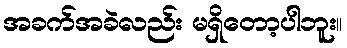
အခက်အခဲလည်း မရှိတော့ပါဘူး။